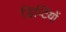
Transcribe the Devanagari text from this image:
डिप्टियों